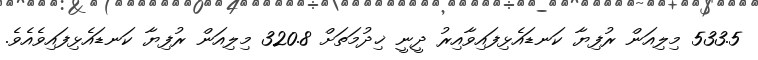
533.5 މިލިއަން ރުފިޔާ ކަނޑައެޅިފައިވާއިރު ދީނީ ޚިދުމަތަށް 320.8 މިލިއަން ރުފިޔާ ކަނޑައެޅިފައިވެއެވެ.